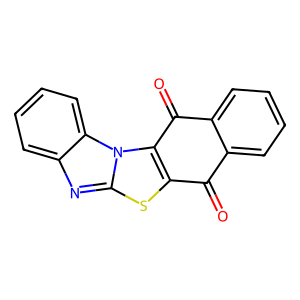
SMILES: O=C1c2ccccc2C(=O)c2c1sc1nc3ccccc3n21
Inhibits HIV replication: No